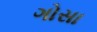
ગોસા